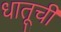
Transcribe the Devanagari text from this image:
धातूचीं